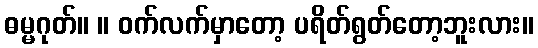
ဓမ္မဂုတ်။ ။ ဝက်လက်မှာတော့ ပရိတ်ရွတ်တော့ဘူးလား။